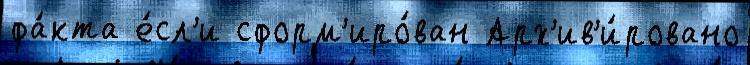
фа́кта е́сл'и сформ'иро́ван Арх'ив'и́ровано